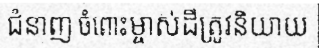
ជំនាញ ចំពោះម្ចាស់ដីត្រូវនិយាយ